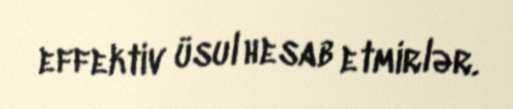
effektiv üsul hesab etmirlər.